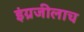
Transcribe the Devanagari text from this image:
इंग्रजीलाच